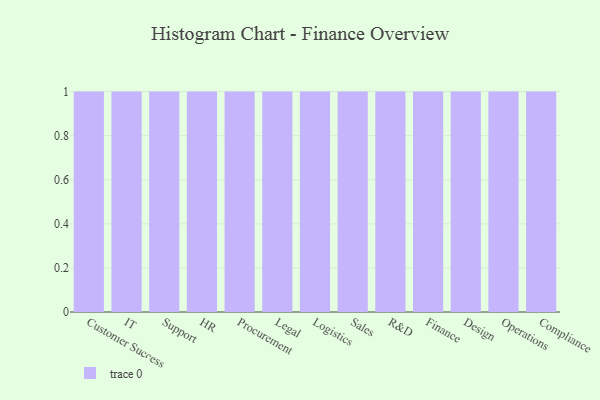
{"axis": {"x": "Department", "y": "Net Income (USD K)"}, "legend": [""], "data": [{"x": "Customer Success", "y": 74, "type": ""}, {"x": "IT", "y": 69, "type": ""}, {"x": "Support", "y": 66, "type": ""}, {"x": "HR", "y": 16, "type": ""}, {"x": "Procurement", "y": 88, "type": ""}, {"x": "Legal", "y": 72, "type": ""}, {"x": "Logistics", "y": 16, "type": ""}, {"x": "Sales", "y": 24, "type": ""}, {"x": "R&D", "y": 79, "type": ""}, {"x": "Finance", "y": 41, "type": ""}, {"x": "Design", "y": 28, "type": ""}, {"x": "Operations", "y": 74, "type": ""}, {"x": "Compliance", "y": 65, "type": ""}]}